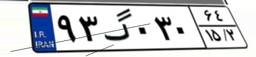
۹۳گ۰۳۰۶۴